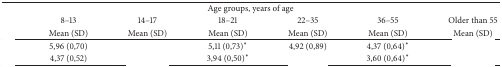
<table><thead><tr><td colspan="7"><b>Age groups, years of age</b></td></tr><tr><td>[EMPTY_CELL]</td><td><b>8–13</b></td><td><b>14–17</b></td><td><b>18–21</b></td><td><b>22–35</b></td><td><b>36–55</b></td><td><b>Older than 55</b></td></tr><tr><td>[EMPTY_CELL]</td><td><b>Mean (SD)</b></td><td><b>Mean (SD)</b></td><td><b>Mean (SD)</b></td><td><b>Mean (SD)</b></td><td><b>Mean (SD)</b></td><td><b>Mean (SD)</b></td></tr></thead><tbody><tr><td>[EMPTY_CELL]</td><td>5,96 (0,70)</td><td>[EMPTY_CELL]</td><td>5,11 (0,73)<sup>*</sup></td><td>4,92 (0,89)</td><td>4,37 (0,64)<sup>*</sup></td><td>[EMPTY_CELL]</td></tr><tr><td>[EMPTY_CELL]</td><td>4,37 (0,52)</td><td>[EMPTY_CELL]</td><td>3,94 (0,50)<sup>*</sup></td><td>[EMPTY_CELL]</td><td>3,60 (0,64)<sup>*</sup></td><td>[EMPTY_CELL]</td></tr></tbody></table>